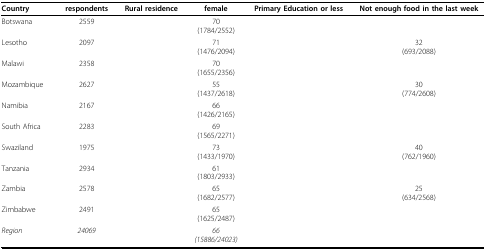
<table><thead><tr><td><b>Country</b></td><td><b>respondents</b></td><td><b>Rural residence</b></td><td><b>female</b></td><td><b>Primary Education or less</b></td><td><b>Not enough food in the last week</b></td></tr></thead><tbody><tr><td>Botswana</td><td>2559</td><td>[EMPTY_CELL]</td><td>70(1784/2552)</td><td>[EMPTY_CELL]</td><td>[EMPTY_CELL]</td></tr><tr><td>Lesotho</td><td>2097</td><td>[EMPTY_CELL]</td><td>71(1476/2094)</td><td>[EMPTY_CELL]</td><td>32(693/2088)</td></tr><tr><td>Malawi</td><td>2358</td><td>[EMPTY_CELL]</td><td>70(1655/2356)</td><td>[EMPTY_CELL]</td><td>[EMPTY_CELL]</td></tr><tr><td>Mozambique</td><td>2627</td><td>[EMPTY_CELL]</td><td>55(1437/2618)</td><td>[EMPTY_CELL]</td><td>30(774/2608)</td></tr><tr><td>Namibia</td><td>2167</td><td>[EMPTY_CELL]</td><td>66(1426/2165)</td><td>[EMPTY_CELL]</td><td>[EMPTY_CELL]</td></tr><tr><td>South Africa</td><td>2283</td><td>[EMPTY_CELL]</td><td>69(1565/2271)</td><td>[EMPTY_CELL]</td><td>[EMPTY_CELL]</td></tr><tr><td>Swaziland</td><td>1975</td><td>[EMPTY_CELL]</td><td>73(1433/1970)</td><td>[EMPTY_CELL]</td><td>40(762/1960)</td></tr><tr><td>Tanzania</td><td>2934</td><td>[EMPTY_CELL]</td><td>61(1803/2933)</td><td>[EMPTY_CELL]</td><td>[EMPTY_CELL]</td></tr><tr><td>Zambia</td><td>2578</td><td>[EMPTY_CELL]</td><td>65(1682/2577)</td><td>[EMPTY_CELL]</td><td>25(634/2568)</td></tr><tr><td>Zimbabwe</td><td>2491</td><td>[EMPTY_CELL]</td><td>65(1625/2487)</td><td>[EMPTY_CELL]</td><td>[EMPTY_CELL]</td></tr><tr><td><i>Region</i></td><td><i>24069</i></td><td>[EMPTY_CELL]</td><td><i>66</i><i>(15886/24023)</i></td><td>[EMPTY_CELL]</td><td>[EMPTY_CELL]</td></tr></tbody></table>